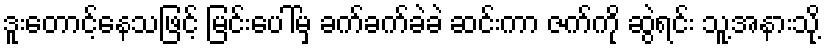
ဒူးတောင့်နေသဖြင့် မြင်းပေါ်မှ ခက်ခက်ခဲခဲ ဆင်းကာ ဇက်ကို ဆွဲရင်း သူ့အနားသို့